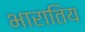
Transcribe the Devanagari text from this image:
भारातिय